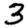
Digit: 3